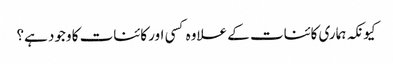
کیونکہ ہماری کائنات کے علاوہ کسی اور کائنات کا وجود ہے؟